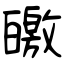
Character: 皦